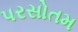
પરસોતમ